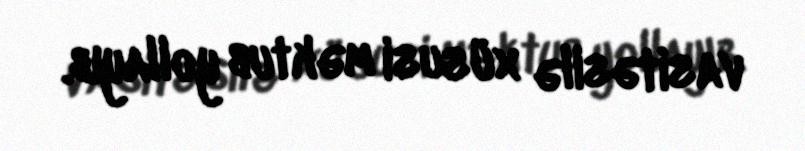
vasitəsilə xüsusi məktub yollayıb.